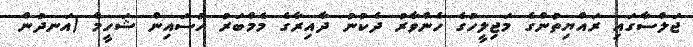
ޖަލްސާގައި ރައްޔިތުންގެ މަޖިލީހުގެ ހެންވާރު ދެކުނު ދާއިރާގެ މެމްބަރު ހުސައިން ޝަހީމް (އަނދުން